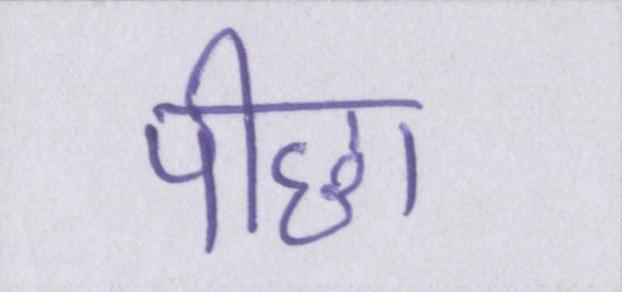
पीछा